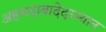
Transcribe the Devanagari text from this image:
अहमदाबादेदरम्यान